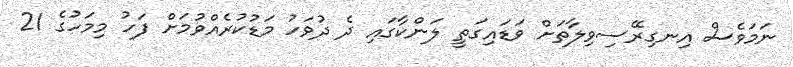
ނަމަވެސް އިނގިރޭސިވިލާތަށް ވަޑައިގަތީ ލަންކާގައި ދެ ދުވަހު މަޑުކުރެއްވުމަށް ފަހު މިމަހުގެ 21